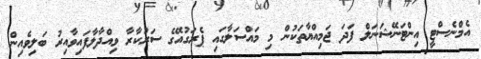
އެމްނެސްޓީ އިންޓަނޭޝަނަލް ފަދަ ޖަމިއްޔާތަކުން މި މައްސަލާގައި ޕެރަގުއޭގެ ސަރުކާރާ ވިއްދާލާފައިވާއިރު ބަލިވެއިން